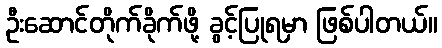
ဦးဆောင်တိုက်ခိုက်ဖို့ ခွင့်ပြုရမှာ ဖြစ်ပါတယ်။